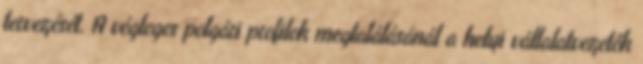
tervezését. A végleges polgári profilok megtalálásánál a helyi vállalatvezetők